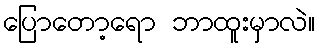
ပြောတော့ရော ဘာထူးမှာလဲ။